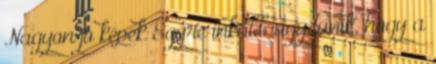
Nagyon jó képek Egyre inkább úgy tűnik, hogy a